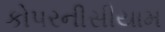
કોપરનીસીયામ